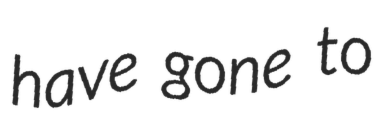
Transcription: have gone to